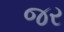
જર